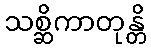
သစ္ဆိကာတုန္တိ